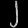
Digit: ၂